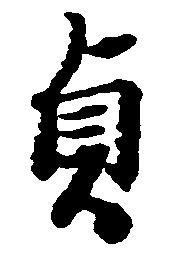
貞